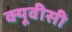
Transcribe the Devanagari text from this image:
क्यूवीसी